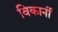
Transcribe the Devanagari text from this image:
विकार्नी